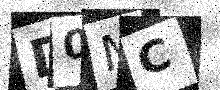
Text: D0MC